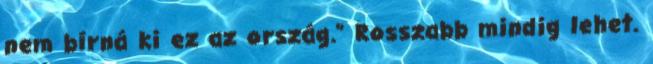
nem bírná ki ez az ország." Rosszabb mindig lehet.